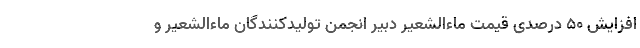
افزایش ۵۰ درصدی قیمت ماءالشعیر دبیر انجمن تولیدکنندگان ماءالشعیر و